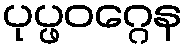
ပုပ္ဖဝဂ္ဂေန